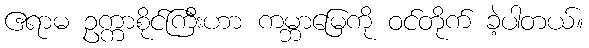
ဧရာမ ဥက္ကာစိုင်ကြီးဟာ ကမ္ဘာမြေကို ဝင်တိုက် ခဲ့ပါတယ်။